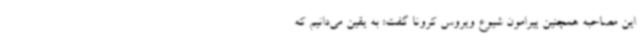
این مصاحبه همچنین پیرامون شیوع ویروس کرونا گفت: به یقین می‌دانیم که